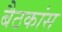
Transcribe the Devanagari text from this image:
बैठकांस